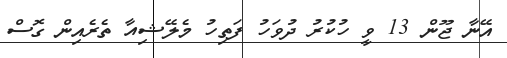
އޭނާ ޖޫން 13 ވީ ހުކުރު ދުވަހު ފަތިހު މެލޭޝިއާ ތެރެއިން ގޮސް